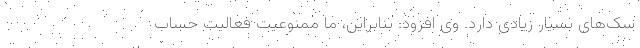
سک‌های بسیار زیادی دارد. وی افزود: بنابراین، ما ممنوعیت فعالیت حساب